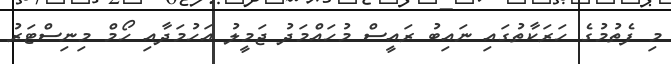
މި ފެތުމުގެ ހަރަކާތުގައި ނައިބު ރައީސް މުހައްމަދު ޖަމީލު އަހުމަދާއި ހޯމް މިނިސްޓަރު